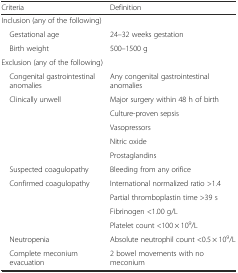
<table><thead><tr><td><b>Criteria</b></td><td><b>Definition</b></td></tr></thead><tbody><tr><td colspan="2">Inclusion (any of the following)</td></tr><tr><td> Gestational age</td><td>24–32 weeks gestation</td></tr><tr><td> Birth weight</td><td>500–1500 g</td></tr><tr><td colspan="2">Exclusion (any of the following)</td></tr><tr><td> Congenital gastrointestinal anomalies</td><td>Any congenital gastrointestinal anomalies</td></tr><tr><td rowspan="5"> Clinically unwell</td><td>Major surgery within 48 h of birth</td></tr><tr><td>Culture-proven sepsis</td></tr><tr><td>Vasopressors</td></tr><tr><td>Nitric oxide</td></tr><tr><td>Prostaglandins</td></tr><tr><td> Suspected coagulopathy</td><td>Bleeding from any orifice</td></tr><tr><td rowspan="4"> Confirmed coagulopathy</td><td>International normalized ratio &gt;1.4</td></tr><tr><td>Partial thromboplastin time &gt;39 s</td></tr><tr><td>Fibrinogen &lt;1.00 g/L</td></tr><tr><td>Platelet count &lt;100 × 10<sup>9</sup>/L</td></tr><tr><td> Neutropenia</td><td>Absolute neutrophil count &lt;0.5 × 10<sup>9</sup>/L</td></tr><tr><td> Complete meconium evacuation</td><td>2 bowel movements with no meconium</td></tr></tbody></table>